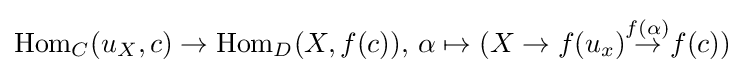
\operatorname {Hom} _{C}(u_{X},c)\to \operatorname {Hom} _{D}(X,f(c)),\,\alpha \mapsto (X\to f(u_{x}){\overset {f(\alpha )}{\to }}f(c))